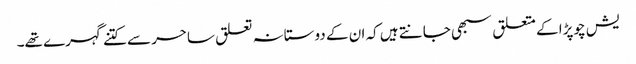
یش چوپڑا کے متعلق سبھی جانتے ہیں کہ ان کے دوستانہ تعلق ساحر سے کتنے گہرے تھے۔